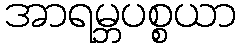
အာရမ္ဘပစ္စယာ